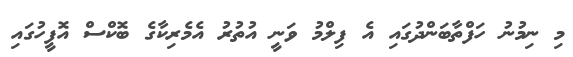
މި ނިމުނު ހަފްތާބަންދުގައި އެ ފިލްމު ވަނީ އުތުރު އެމެރިކާގެ ބޮކްސް އޮފީހުގައި